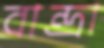
বান্দ্রা